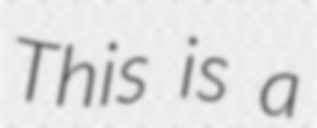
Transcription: This is a